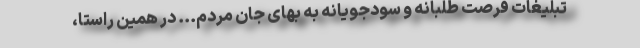
تبلیغات فرصت طلبانه و سودجویانه به بهای جان مردم... در همین راستا،